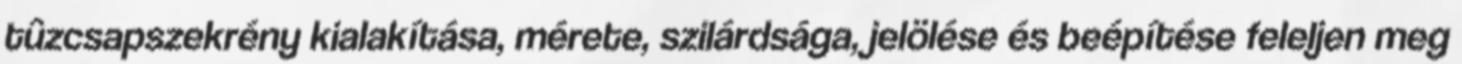
tûzcsapszekrény kialakítása, mérete, szilárdsága, jelölése és beépítése feleljen meg